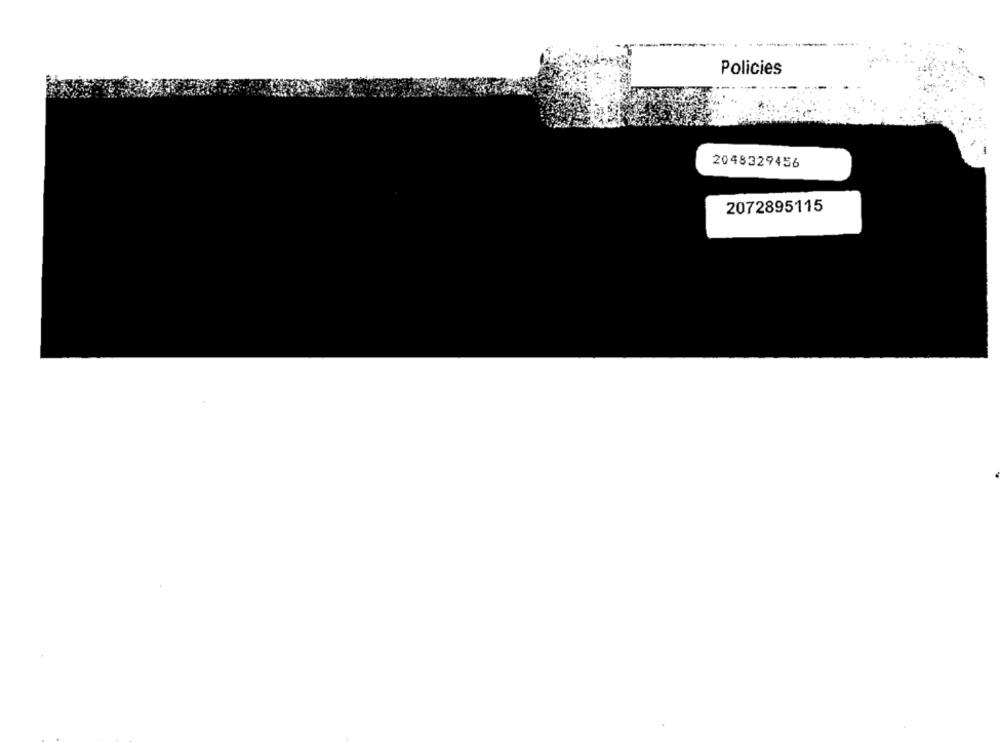
--------
Policies
2048329456
2072895115